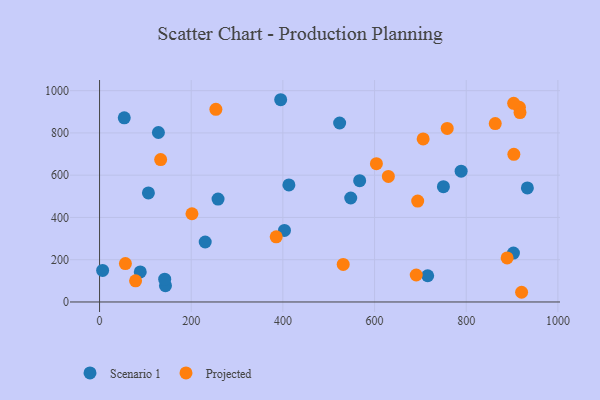
{"axis": {"x": "Speed", "y": "Exam Score"}, "legend": ["Projected", "Scenario 1"], "data": [{"x": "567.5", "y": 573.8, "type": "Scenario 1"}, {"x": "53.9", "y": 871.6, "type": "Scenario 1"}, {"x": "548.0", "y": 492.1, "type": "Scenario 1"}, {"x": "750.2", "y": 545.8, "type": "Scenario 1"}, {"x": "903.0", "y": 231.6, "type": "Scenario 1"}, {"x": "523.8", "y": 847.0, "type": "Scenario 1"}, {"x": "395.2", "y": 957.1, "type": "Scenario 1"}, {"x": "933.4", "y": 539.5, "type": "Scenario 1"}, {"x": "88.8", "y": 142.4, "type": "Scenario 1"}, {"x": "143.8", "y": 77.1, "type": "Scenario 1"}, {"x": "403.4", "y": 338.7, "type": "Scenario 1"}, {"x": "258.5", "y": 487.1, "type": "Scenario 1"}, {"x": "128.4", "y": 802.1, "type": "Scenario 1"}, {"x": "230.5", "y": 283.8, "type": "Scenario 1"}, {"x": "142.1", "y": 108.0, "type": "Scenario 1"}, {"x": "788.9", "y": 619.0, "type": "Scenario 1"}, {"x": "715.9", "y": 124.0, "type": "Scenario 1"}, {"x": "413.1", "y": 554.0, "type": "Scenario 1"}, {"x": "106.6", "y": 516.2, "type": "Scenario 1"}, {"x": "6.7", "y": 149.1, "type": "Scenario 1"}, {"x": "920.8", "y": 45.9, "type": "Projected"}, {"x": "916.0", "y": 921.2, "type": "Projected"}, {"x": "706.0", "y": 771.8, "type": "Projected"}, {"x": "903.9", "y": 698.9, "type": "Projected"}, {"x": "690.9", "y": 127.6, "type": "Projected"}, {"x": "201.6", "y": 417.6, "type": "Projected"}, {"x": "863.3", "y": 844.0, "type": "Projected"}, {"x": "531.6", "y": 177.6, "type": "Projected"}, {"x": "630.1", "y": 594.3, "type": "Projected"}, {"x": "917.3", "y": 896.2, "type": "Projected"}, {"x": "903.5", "y": 939.9, "type": "Projected"}, {"x": "133.3", "y": 673.8, "type": "Projected"}, {"x": "694.1", "y": 477.6, "type": "Projected"}, {"x": "889.2", "y": 208.4, "type": "Projected"}, {"x": "758.5", "y": 821.1, "type": "Projected"}, {"x": "253.8", "y": 911.5, "type": "Projected"}, {"x": "56.4", "y": 181.7, "type": "Projected"}, {"x": "78.6", "y": 100.0, "type": "Projected"}, {"x": "604.0", "y": 654.5, "type": "Projected"}, {"x": "385.4", "y": 308.4, "type": "Projected"}]}